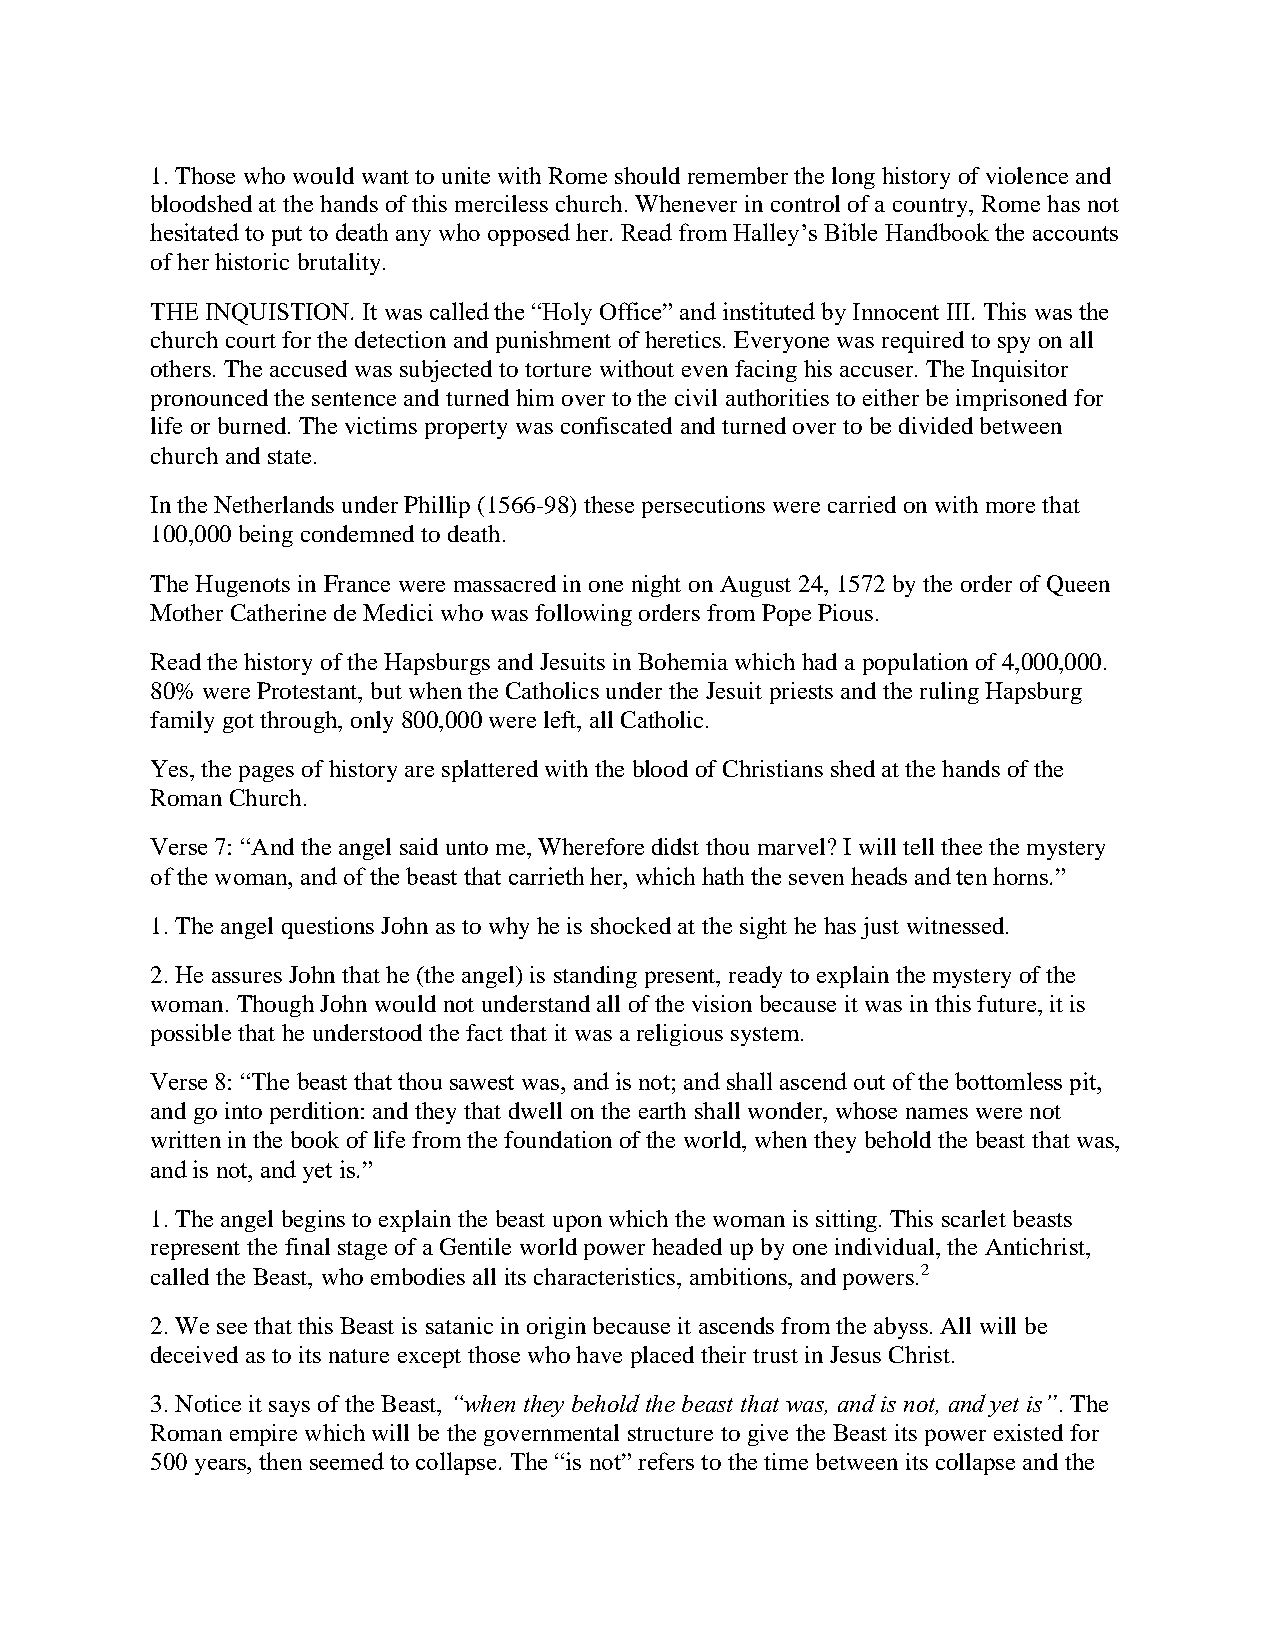
1. Those who would want to unite with Rome should remember the long history of violence and
 bloodshed at the hands of this merciless church. Whenever in control of a country, Rome has not
 hesitated to put to death any who opposed her. Read from Halley’s Bible Handbook the accounts
 of her historic brutality.
 THE INQUISTION. It was called the “Holy Office” and instituted by Innocent III. This was the
 church court for the detection and punishment of heretics. Everyone was required to spy on all
 others. The accused was subjected to torture without even facing his accuser. The Inquisitor
 pronounced the sentence and turned him over to the civil authorities to either be imprisoned for
 life or burned. The victims property was confiscated and turned over to be divided between
 church and state.
 In the Netherlands under Phillip (1566-98) these persecutions were carried on with more that
 100,000 being condemned to death.
 The Hugenots in France were massacred in one night on August 24, 1572 by the order of Queen
 Mother Catherine de Medici who was following orders from Pope Pious.
 Read the history of the Hapsburgs and Jesuits in Bohemia which had a population of 4,000,000.
 80% were Protestant, but when the Catholics under the Jesuit priests and the ruling Hapsburg
 family got through, only 800,000 were left, all Catholic.
 Yes, the pages of history are splattered with the blood of Christians shed at the hands of the
 Roman Church.
 Verse 7: “And the angel said unto me, Wherefore didst thou marvel? I will tell thee the mystery
 of the woman, and of the beast that carrieth her, which hath the seven heads and ten horns.”
 1. The angel questions John as to why he is shocked at the sight he has just witnessed.
 2. He assures John that he (the angel) is standing present, ready to explain the mystery of the
 woman. Though John would not understand all of the vision because it was in this future, it is
 possible that he understood the fact that it was a religious system.
 Verse 8: “The beast that thou sawest was, and is not; and shall ascend out of the bottomless pit,
 and go into perdition: and they that dwell on the earth shall wonder, whose names were not
 written in the book of life from the foundation of the world, when they behold the beast that was,
 and is not, and yet is.”
 1. The angel begins to explain the beast upon which the woman is sitting. This scarlet beasts
 represent the final stage of a Gentile world power headed up by one individual, the Antichrist,
 called the Beast, who embodies all its characteristics, ambitions, and powers.2
 2. We see that this Beast is satanic in origin because it ascends from the abyss. All will be
 deceived as to its nature except those who have placed their trust in Jesus Christ.
 3. Notice it says of the Beast, “when they behold the beast that was, and is not, and yet is”. The
 Roman empire which will be the governmental structure to give the Beast its power existed for
 500 years, then seemed to collapse. The “is not” refers to the time between its collapse and the